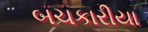
બચકારીયા